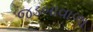
જડબાવાળા